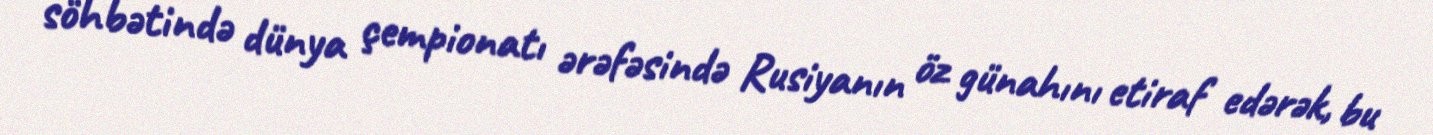
söhbətində dünya çempionatı ərəfəsində Rusiyanın öz günahını etiraf edərək, bu